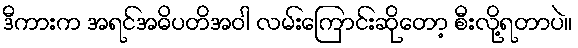
ဒီကားက အရင်အဓိပတိအဝါ လမ်းကြောင်းဆိုတော့ စီးလို့ရတာပဲ။